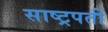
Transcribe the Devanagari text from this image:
साष्ट्रपती